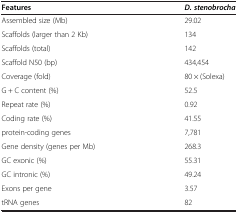
<table><thead><tr><td><b>Features</b></td><td><b><i>D. stenobrocha</i></b></td></tr></thead><tbody><tr><td>Assembled size (Mb)</td><td>29.02</td></tr><tr><td>Scaffolds (larger than 2 Kb)</td><td>134</td></tr><tr><td>Scaffolds (total)</td><td>142</td></tr><tr><td>Scaffold N50 (bp)</td><td>434,454</td></tr><tr><td>Coverage (fold)</td><td>80 × (Solexa)</td></tr><tr><td>G + C content (%)</td><td>52.5</td></tr><tr><td>Repeat rate (%)</td><td>0.92</td></tr><tr><td>Coding rate (%)</td><td>41.55</td></tr><tr><td>protein-coding genes</td><td>7,781</td></tr><tr><td>Gene density (genes per Mb)</td><td>268.3</td></tr><tr><td>GC exonic (%)</td><td>55.31</td></tr><tr><td>GC intronic (%)</td><td>49.24</td></tr><tr><td>Exons per gene</td><td>3.57</td></tr><tr><td>tRNA genes</td><td>82</td></tr></tbody></table>